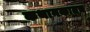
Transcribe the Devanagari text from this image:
कथानकातच